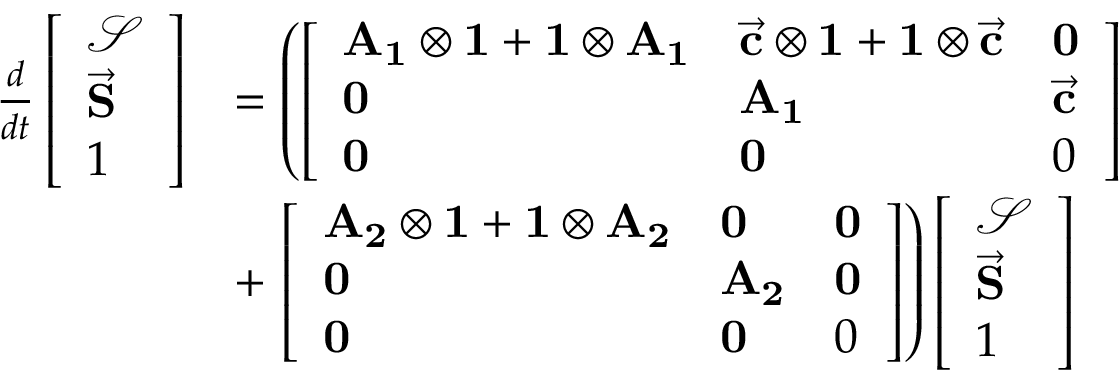
\begin{array} { r l } { \frac { d } { d t } \left[ \begin{array} { l } { \mathbf { \mathcal { S } } } \\ { \vec { \mathbf S } } \\ { 1 } \end{array} \right] } & { = \left( \left[ \begin{array} { l l l } { \mathbf { A _ { 1 } } \otimes \mathbf { 1 } + \mathbf { 1 } \otimes \mathbf { A _ { 1 } } } & { \vec { \mathbf c } \otimes \mathbf { 1 } + \mathbf { 1 } \otimes \vec { \mathbf c } } & { \mathbf 0 } \\ { \mathbf 0 } & { \mathbf { A _ { 1 } } } & { \vec { \mathbf c } } \\ { \mathbf 0 } & { \mathbf 0 } & { 0 } \end{array} \right] \right. } \\ & { + \left. \left[ \begin{array} { l l l } { \mathbf { A _ { 2 } } \otimes \mathbf { 1 } + \mathbf { 1 } \otimes \mathbf { A _ { 2 } } } & { \mathbf 0 } & { \mathbf 0 } \\ { \mathbf 0 } & { \mathbf { A _ { 2 } } } & { \mathbf 0 } \\ { \mathbf 0 } & { \mathbf 0 } & { 0 } \end{array} \right] \right) \left[ \begin{array} { l } { \mathcal { S } } \\ { \vec { \mathbf S } } \\ { 1 } \end{array} \right] } \end{array}